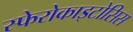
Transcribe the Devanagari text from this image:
स्फेरोकाइटोसिस